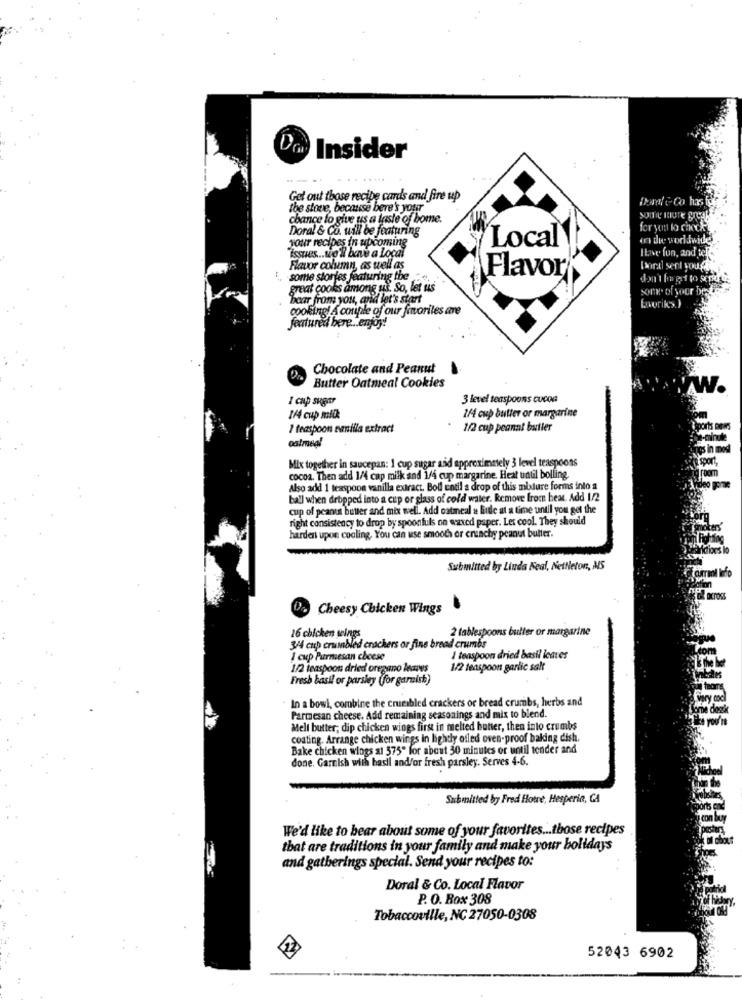
D
Insider
Get out those recipe cards and fire up
Darf & Co. has fo
the stove, because bere's your
chance to give us a taste of home.
some ingre great
Doral & Co. will be featuring
for yott lo check
your recipes in upcoming
on twee worldwide
"issues .. we'll bave a Local
Local
ILne fun, and
Flavor column, as well as
Dontl sent youg.
., some stories featuring the
Flavor
great cooks among us. So, let us
son. of your
Bear from you, arid let's start
cooking! A couple of our favorites are
featured bere .. enjoy!
Chocolate and Peanut
Butter Oatmeal Cookies
I cap sugar
3 level teaspoons cucoa
1/4 cup milk
1/4 cup butter or margarine
1 teaspoon emilia extract
1/2 cup peannt butler
oatmeal
Mix together in saucepan: 1 cup sugar and approximately 3 level teaspoons
cocoa. Then add 1/4 cup milk and 1/4 cup margarine. Heat until bolling.
Also add 1 teaspoon vanilla extract. Boll until a drop of this mixture forms into a
ball when dropped into a cup or glass of cold water. Remove from heat. Add 1/2
cup of peanut butter and mix well. Add oatmeal a little at a time until you get the
right consistency to drop by spoonfuls on waxed paper. Let cool. They should
harden upon cooling. You can use smooth or cninchy peanut butter.
Actions k
Submitted by Linda Neal, NetNeton, MS
of across
Cheesy Chicken Wings
2 tablespoons butter or margarine
16 chicken wings
34 cup crumbled crackers or fine bread crumbs
1 cup Parmesan cheese
1 teaspoon dried basil leaves
1/2 teaspoon dried oregano leaves
1/2 teaspoon garlic salt
Fresh basil or parsley (for garnish)
In a bowl, combine the crumbled crackers or bread crumbs, herbs and
Parmesan cheese. Add remaining seasonings and mix to blend.
Melt butter; dip chicken wings first in melted butter, then into crumbs
coating. Arrange chicken wings in lightly ofled oven-proof baking dish.
Bake chicken wings al 575" for about 30 minutes or until tender and
done. Garnish with basil and/or fresh parsley. Serves 4-6.
Submitted by Fred Hotre, Hesperia, CA
We'd like to hear about some of your favorites ... those recipes
that are traditions in your family and make your holidays
and gatherings special. Send your recipes to:
Doral & Co. Local Flavor
P. O. Box 308
Tobaccoville, NC 27050-0308
52043 6902